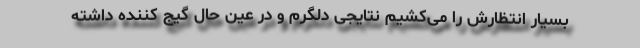
بسیار انتظارش را می‌کشیم نتایجی دلگرم و در عین حال گیج ‌کننده داشته